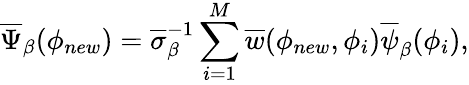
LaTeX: \overline{{\Psi}}_{\beta}(\mathbf{\phi}_{new})=\overline{{\sigma}}_{\beta}^{-1}\sum_{i=1}^{M}\overline{{w}}(\phi_{new},\phi_{i})\overline{{\psi}}_{\beta}(\mathbf{\phi}_{i}),